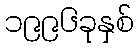
၁၉၉၆ခုနှစ်